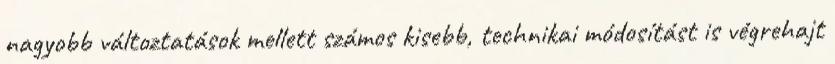
nagyobb változtatások mellett számos kisebb, technikai módosítást is végrehajt